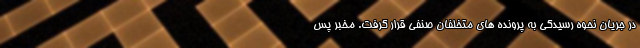
در جریان نحوه رسیدگی به پرونده های متخلفان صنفی قرار گرفت. مخبر پس